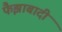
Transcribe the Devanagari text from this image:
फैझाबादी